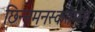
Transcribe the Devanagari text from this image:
छिन्नमनस्कतेमुळे